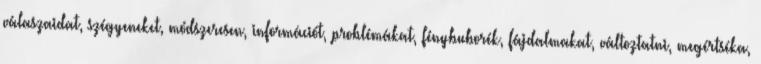
válaszaidat, szégyeneket, módszeresen, információt, problémákat, fénybuborék, fájdalmakat, változtatni, megértséka,